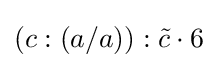
(c:(a/a)):{\tilde {c}}\cdot 6